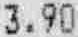
3.90